65_HS1-834228961_62-HQ-83894_Section_9
Agency: FBI
Page 65
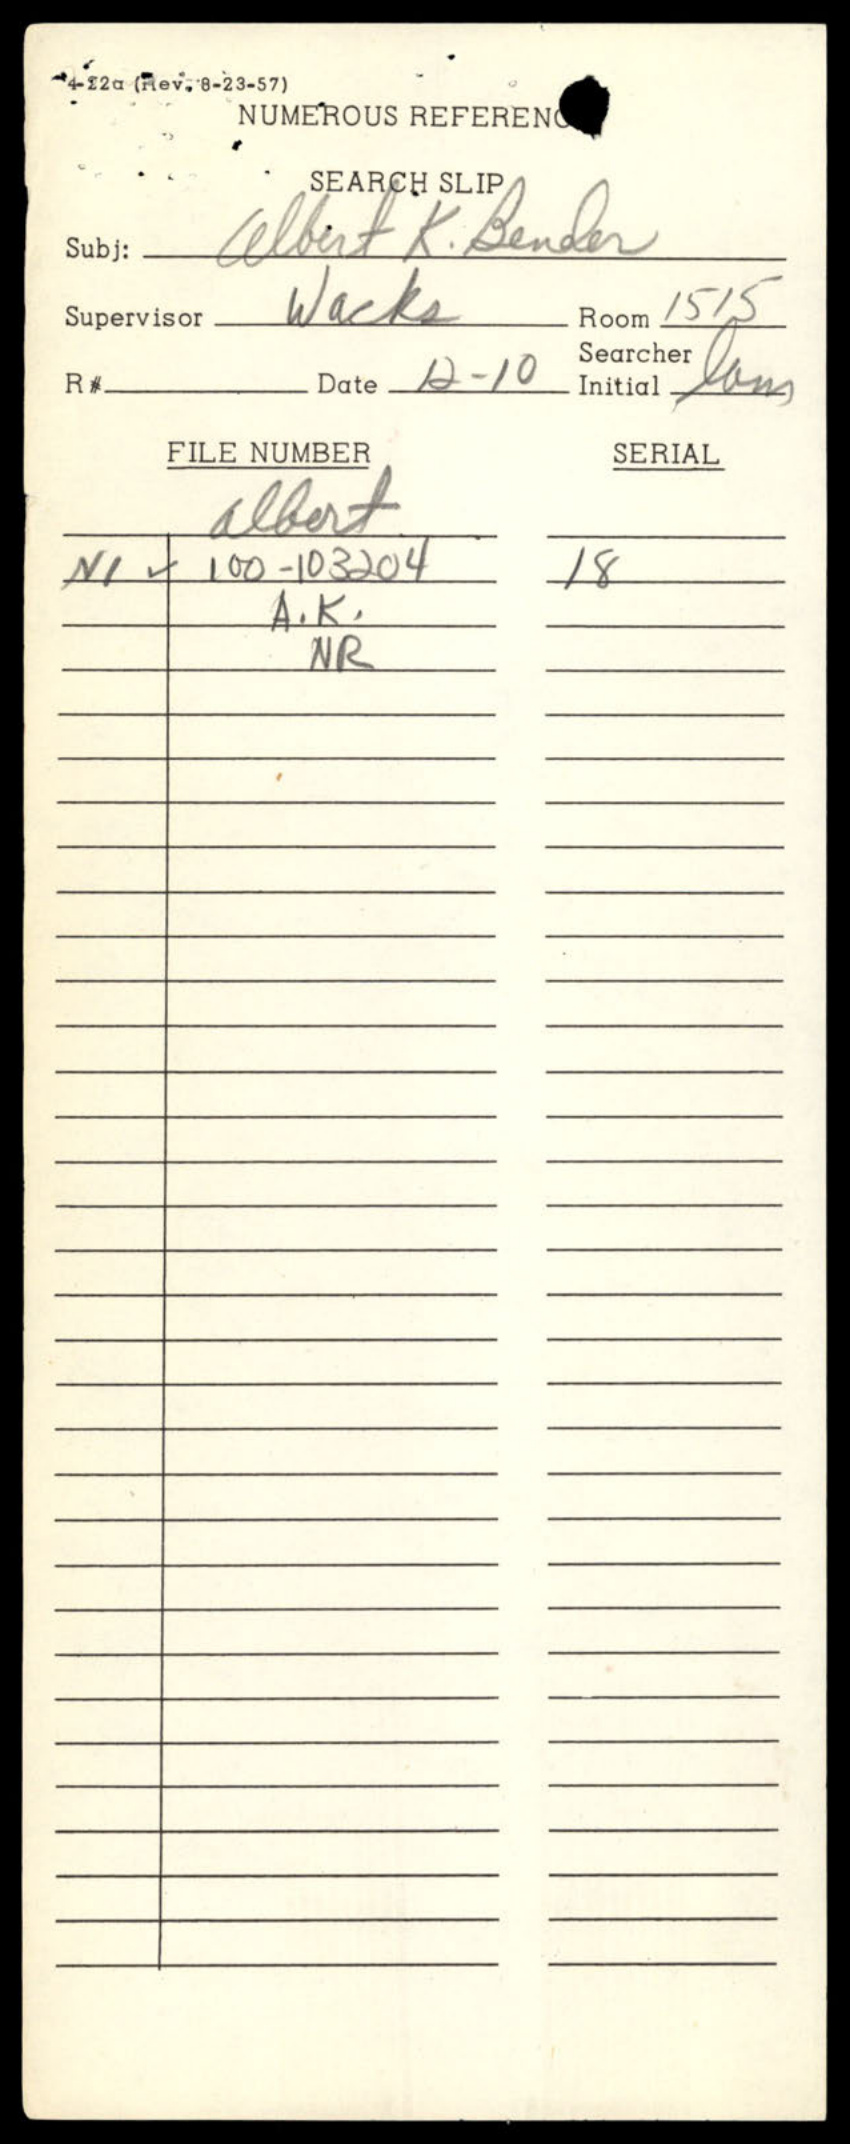